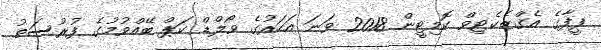
ފީފާގެ އެގްޒެކެޓިވް ކޮމިޓީން 2018 ވަނަ އަހަރުގެ ވޯލްޑް ކަޕް ބޭއްވުމުގެ ފުރުސަތު